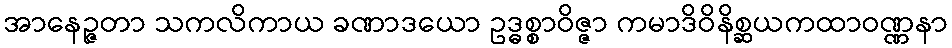
အာနေဉ္ဇတာ သကလိကာယ ခဏာဒယော ဥဒ္ဓစ္စာဝိဇ္ဇာ ကမာဒိဝိနိစ္ဆယကထာဝဏ္ဏနာ